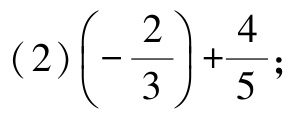
(2)\(\left(-\dfrac{2}{3}\right)+\dfrac{4}{5}\);